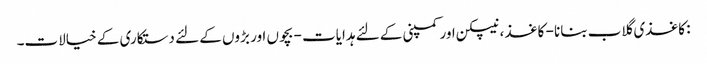
: کاغذی گلاب بنانا - کاغذ ، نیپکن اور کمپنی کے لئے ہدایات - بچوں اور بڑوں کے لئے دستکاری کے خیالات۔